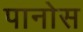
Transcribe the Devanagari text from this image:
पानोस